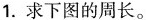
1.求下图的周长。